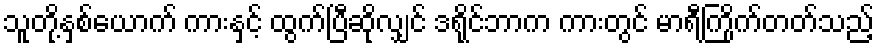
သူတို့နှစ်ယောက် ကားနှင့် ထွက်ပြီဆိုလျှင် ဒရိုင်ဘာက ကားတွင် မာရီကြိုက်တတ်သည့်